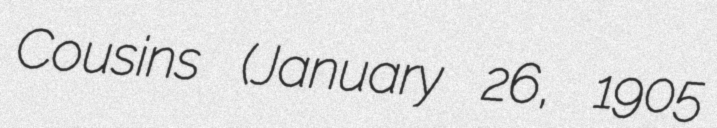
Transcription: Cousins (January 26, 1905